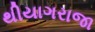
થીયાગરાજા